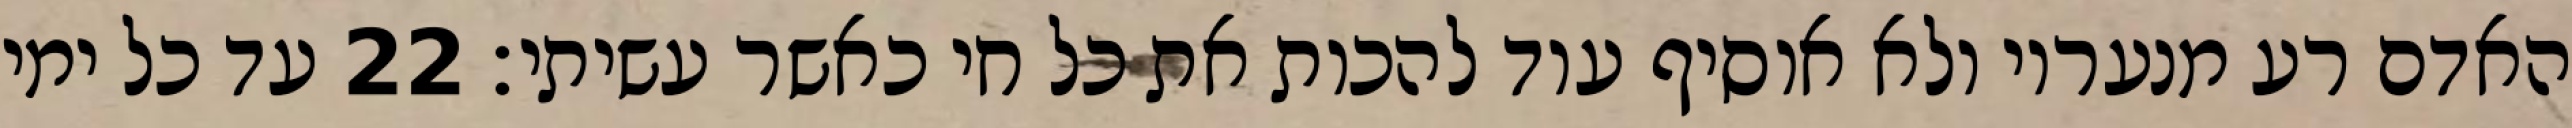
האדם רע מנעריו ולא אוסיף עוד להכות את כל חי כאשר עשיתי׃ ‎22‏ עד כל ימי